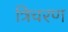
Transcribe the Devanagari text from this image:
त्रिचरण